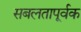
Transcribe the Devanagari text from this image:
सबलतापूर्वक